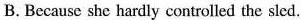
B. Because she hardly controlled the sled.